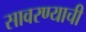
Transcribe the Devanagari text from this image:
सावरण्याची